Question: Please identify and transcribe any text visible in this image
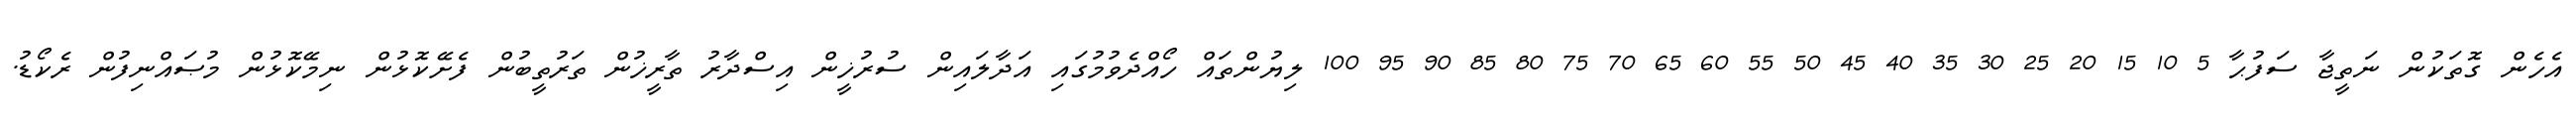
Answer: އެހެން ގޮތަކުން ނަތީޖާ ސަފުޙާ 5 10 15 20 25 30 35 40 45 50 55 60 65 70 75 80 85 90 95 100 ލިޔުންތައް ހޯއްދެވުމުގައި އަދާލައިން ސުރުޚީން އިސްދާރު ތާރީޚުން ތަރުތީބުން ފެށޭކޮޅުން ނިމޭކޮޅުން މުޞައްނިފުން ރެކޯޑު.